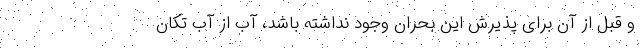
و قبل از آن برای پذیرش این بحران وجود نداشته باشد، آب از آب تکان